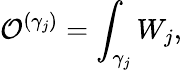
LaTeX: {\cal O}^{(\gamma_{j})}=\int_{\gamma_{j}}W_{j},